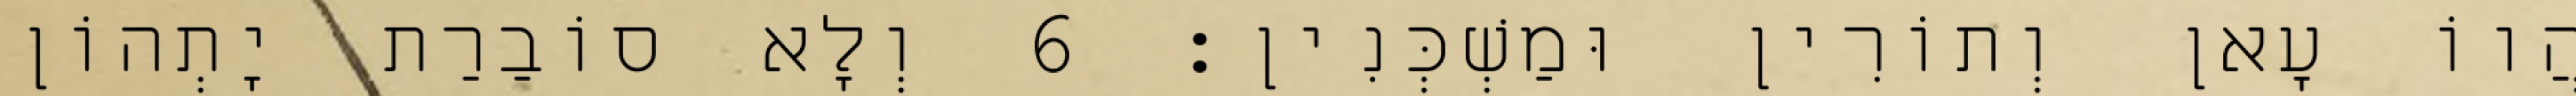
הֲווֹ עָאן וְתוֹרִין וּמַשְׁכְּנִין׃ 6 וְלָא סוֹבַרַת יָתְהוֹן